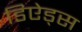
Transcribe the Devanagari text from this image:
डिऐड्स